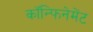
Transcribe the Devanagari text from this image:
कॉन्फिनेमेंट